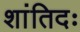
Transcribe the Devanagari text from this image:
शांतिदः